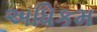
અધિકમ